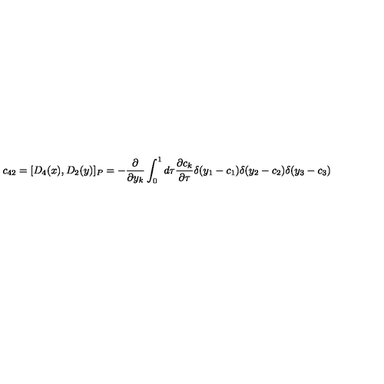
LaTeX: c _ { 4 2 } = [ D _ { 4 } ( x ) , D _ { 2 } ( y ) ] _ { P } = - \frac { \partial } { \partial y _ { k } } \int _ { 0 } ^ { 1 } d \tau \frac { \partial c _ { k } } { \partial \tau } \delta ( y _ { 1 } - c _ { 1 } ) \delta ( y _ { 2 } - c _ { 2 } ) \delta ( y _ { 3 } - c _ { 3 } )